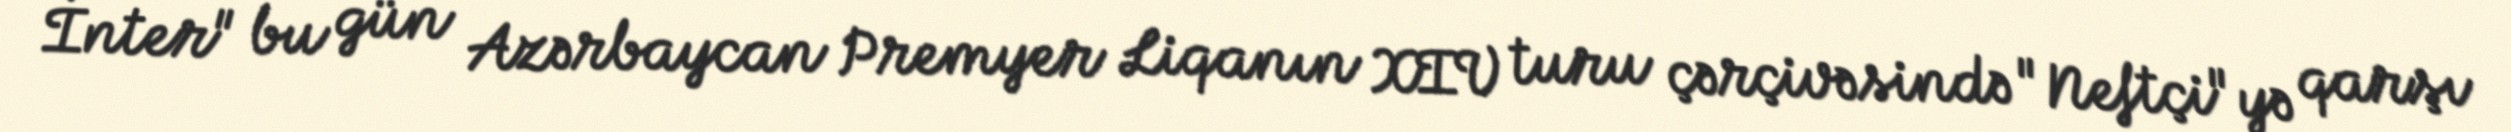
İnter" bu gün Azərbaycan Premyer Liqanın XIV turu çərçivəsində "Neftçi"yə qarşı